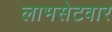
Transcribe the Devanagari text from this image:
लाभसेटवार